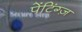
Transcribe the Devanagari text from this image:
पेंटिंग्ज़